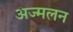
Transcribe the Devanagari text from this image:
अज्मलन